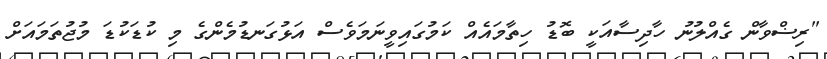
"ރިޟްވާން ގެއްލުނު ހާދިސާއަކީ ބޮޑު ހިތާމައެއް ކަމުގައިވީނަމަވެސް އަޅުގަނޑުމެންގެ މި ކުޑަކުޑަ މުޖުތަމައަށް